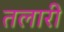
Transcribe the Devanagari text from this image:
तलारी